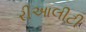
રીઆલીટી